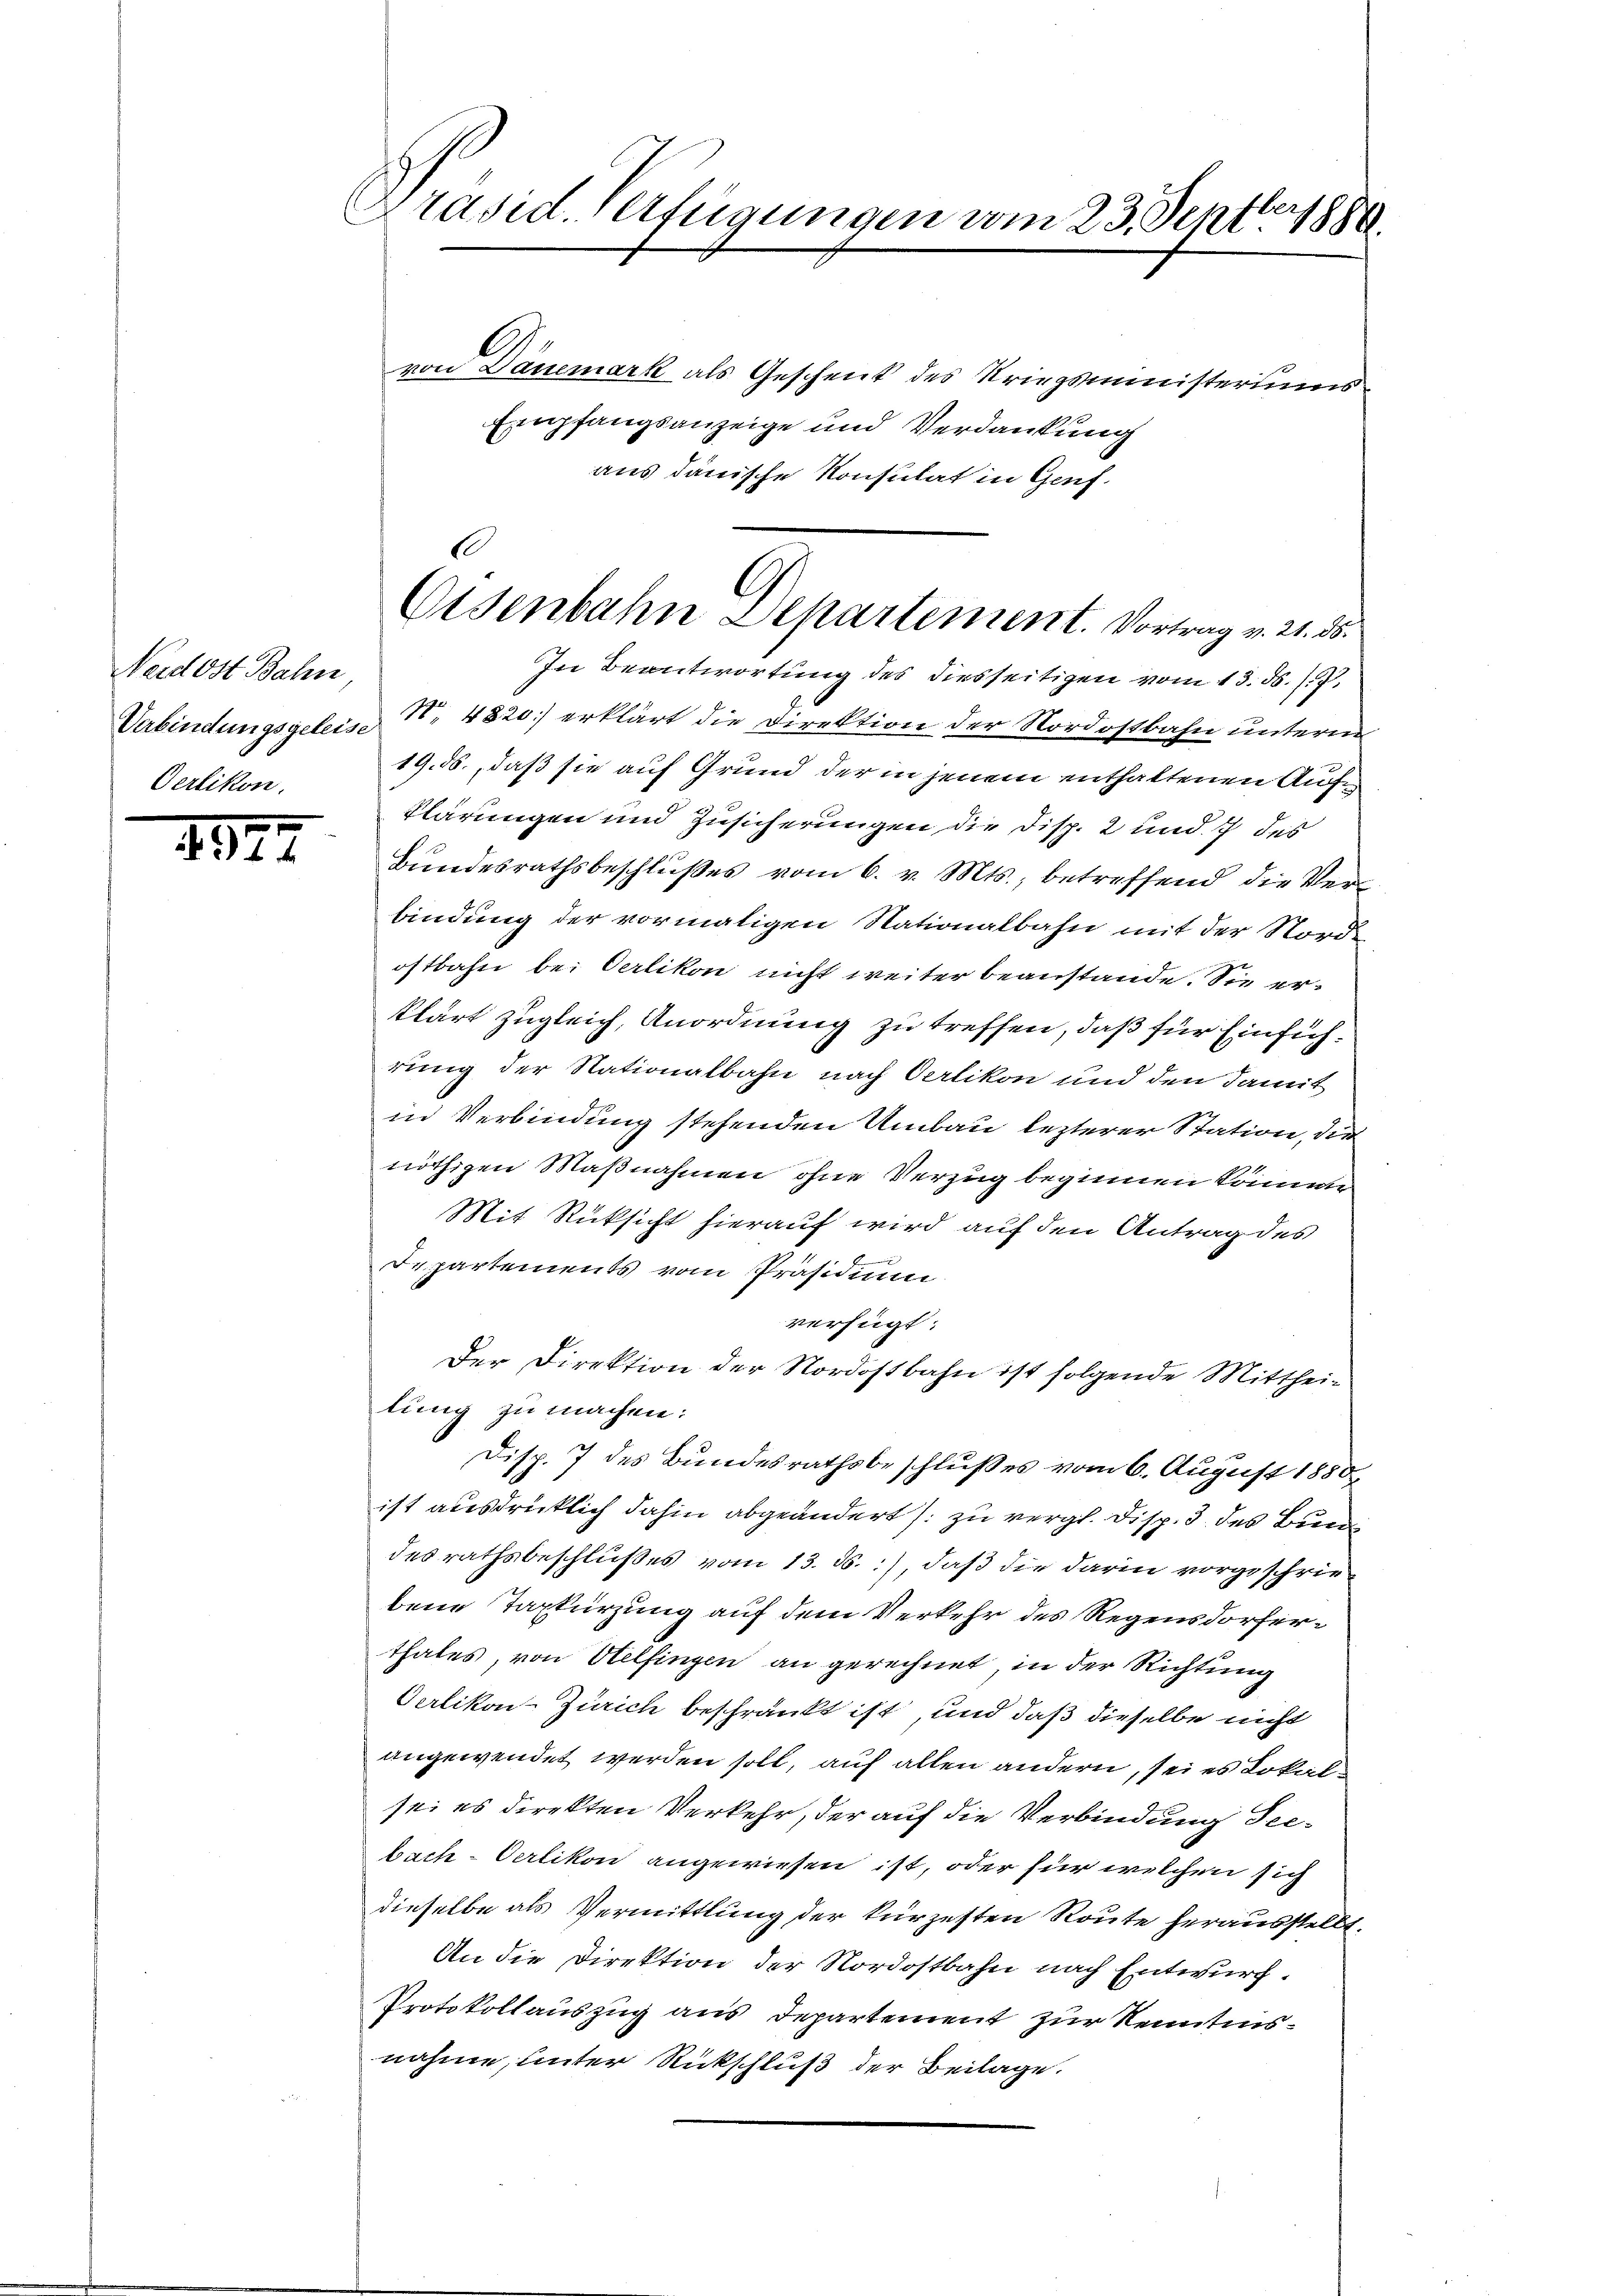
Handert Sachen
Oerlikon.

23.

Präsid. Verfügungen vom 23. Septbr 1880.

von Dänemark als Geschent des Kriegsministeriums
Empfangsanzeige und Verdankung
aus danische Konsulat in Genf.
In Beantwortung des diesseitigen vom 13. d. 17.
Verbindungsgeleis N. 4820) erklärt die Direktion der Nordostbahn unterm
19. ds., daß sie auf Grund der in jenem enthaltenen Aufe
klärungen und Zusicherungen die Disp. 2 und 7 des
Bundesrathsbeschlußes vom 6. v. Mts., betreffend die Verbindung der vormaligen Nationalbahn mit der Nord-
ostbahn bei Carlikon nicht weiter beanstande. Sie erklärt zugleich, Anordnung zu treffen, daß für Einführung der Nationalbahn nach Oerlikon und den damit
in Verbindung stehenden Umbau lezterer Station, die
nöthigen Maßnahmen ohne Verzug beginnen können
Mit Rücksicht hierauf wird auf den Antrag des
Departements vom Präsidium.
verfügt:
Der Direktion der Nordostbahn ist folgende Mittheilung zu machen:
Disp. 7 des Bundesrathsbeschlußes vom 6. August 1880
ist ausdrücklich dahin abgeänderts zu vergl. Disp. 3 des Bun
desrathsbeschlußes vom 13. ds., daß die darin vorgeschriebene Taxtürzung auf dem Verkehr des Regensdorferthales, von Otelfingen an gerechnet, in der Richtung
Oerlikon-Zürich beschränkt ist, und daß dieselbe nicht
angewendet werden soll, auf allen andern, sei es Lokalsei es direkten Verkehr, der auf die Verbindung Seebach-Oerlikon angewiesen ist, oder für welchen sich
dieselbe als Vermittlung der kürzesten Route herausstellt.
An die Direktion der Nordostbahn nach Entwurf.
Protokollauszug aus Departement zur Kenntnisnahme, unter Rückschluß der Beilage.

6
G
Osenbahn Separtement. Vortrag v. 21. ds.